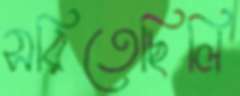
সরিতেছিলি